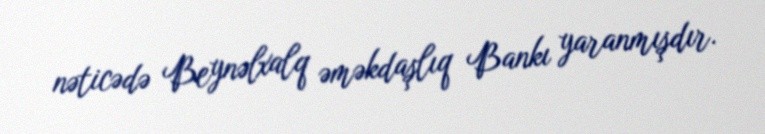
nəticədə Beynəlxalq əməkdaşlıq Bankı yaranmışdır.